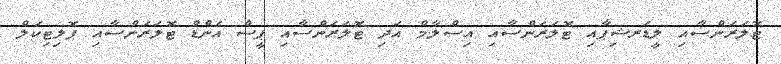
ޓޮލަރަންސާއި ލީޑަރޝިޕާއި ޓޮލަރަންސާއި އިސްލާމް އަދި ޓޮލަރަންސާއި ޕީސް އެންޑް ޓޮލަރަންސާއި ޕޮލިޓިކަލް